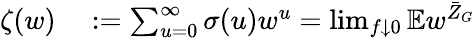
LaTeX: \begin{array}{rl}{\zeta(w)}&{{}:=\sum_{u=0}^{\infty}\sigma(u)w^{u}=\operatorname*{lim}_{f\downarrow 0}\mathbb{E}w^{\bar{Z}_{G}}}\end{array}